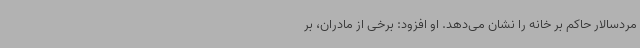
مردسالار حاکم بر خانه را نشان می‌دهد. او افزود: برخی از مادران، بر